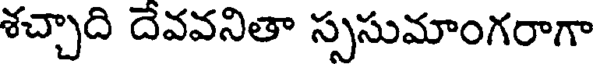
శచ్చాది దేవవనితా స్పసుమాంగరాగా